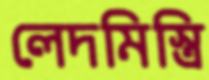
লেদমিস্ত্রি